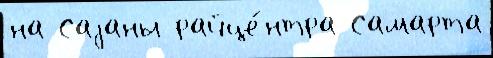
на Саjаны райце́нтра Самарта